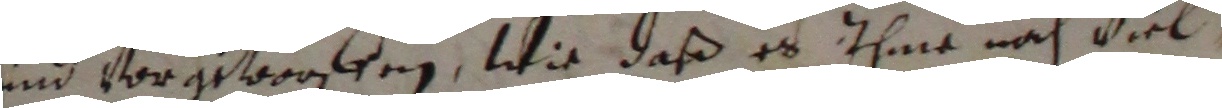
und vorgeworffen, wie daß es ihme noch viel